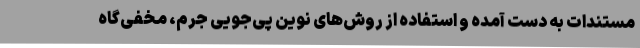
مستندات به دست آمده و استفاده از روش‌های نوین پی‌جویی جرم، مخفی‌گاه